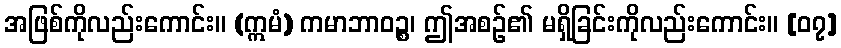
အဖြစ်ကိုလည်းကောင်း။ (ဣမံ) ကမာဘာဝဉ္စ၊ ဤအစဉ်၏ မရှိခြင်းကိုလည်းကောင်း။ [၀၇]